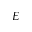
E